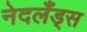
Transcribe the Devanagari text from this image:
नेदलँड्स